Scottish Leaving Certificate Examination, 1956
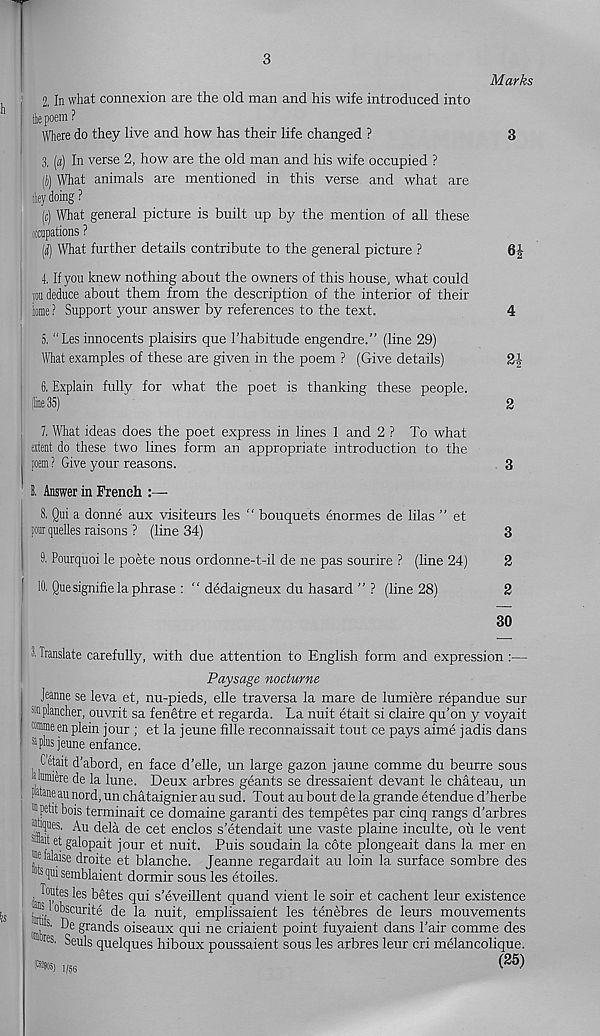
3
Marks
2, In what connexion are the old man and his wife introduced into
tepoem?
Where do they live and how has their life changed ?
3
3, («) In verse 2, how are the old man and his wife occupied ?
(J) What animals are mentioned in this verse and what are
ley doing?
(c) What general picture is built up by the mention of all these
ixcnpations ?
[i] What further details contribute to the general picture ?
6|
4, If you knew nothing about the owners of this house, what could
you deduce about them from the description of the interior of their
tone ? Support your answer by references to the text.
4
5, "Les innocents plaisirs que 1’habitude engendre.” (line 29)
What examples of these are given in the poem ? (Give details)
2i
6, Explain fully for what the poet is thanking these people.
(line 35)
2
7, What ideas does the poet express in lines 1 and 2 ? To what
extent do these two lines form an appropriate introduction to the
, poem ? Give your reasons.
3
I Answer in French :—
8, Qui a donne aux visiteurs les “ bouquets enormes de lilas ” et
j pour quelles raisons ? (line 34)
3
9, Pourquoi le poete nous ordonne-t-il de ne pas sourire ? (line 24)
2
j 10. Que signifie la phrase : " dedaigneux du hasard ” ? (line 28)
2
30
i 1 Translate carefully, with due attention to English form and expression :—
Paysage nocturne
Jeanne se leva et, nu-pieds, elle traversa la mare de lumiere repandue sur
fflplancher, ouvrit sa fenetre et regarda. La nuit etait si claire qu’on y voyait
I wimeen plein jour ; et la jeune fille reconnaissait tout ce pays aime jadis dans
f a pl>is jeune enfance.
: C etait d’abord, en face d'elle, un large gazon jaune comme du beurre sous
(uumere de la lune. Deux arbres geants se dressaient devant le chateau, un
[done au nord, un chataignier au sud. Tout au bout de la grande etendue d’herbe
,s petit bois terminait ce domaine garanti des tempetes par cinq rangs d’arbres
•iques. Au dela de cet enclos s’etendait une vaste plaine inculte, ou le vent
Mtait et galopait jour et nuit. Puis soudain la cote plongeait dans la mer en
todalaise droite et blanche. Jeanne regardait au loin la surface sombre des
UlS <]ui semblaient dormir sous les etoiles.
Toutes les betes qui s’eveillent quand vient le soir et cachent leur existence
siobscurite de la nuit, emplissaient les tenebres de leurs mouvements
;' 1 s. De grands oiseaux qui ne criaient point fuyaient dans Pair comme des
res ' Seuls quelques hiboux poussaient sous les arbres leur cri melancolique.
(25)
1/56